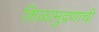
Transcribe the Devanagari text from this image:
शिळामुद्रणाची